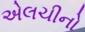
એલચીનો